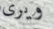
ويرى